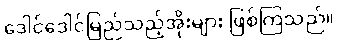
ဒေါင်ဒေါင်မြည်သည့်အိုးများ ဖြစ်ကြသည်။